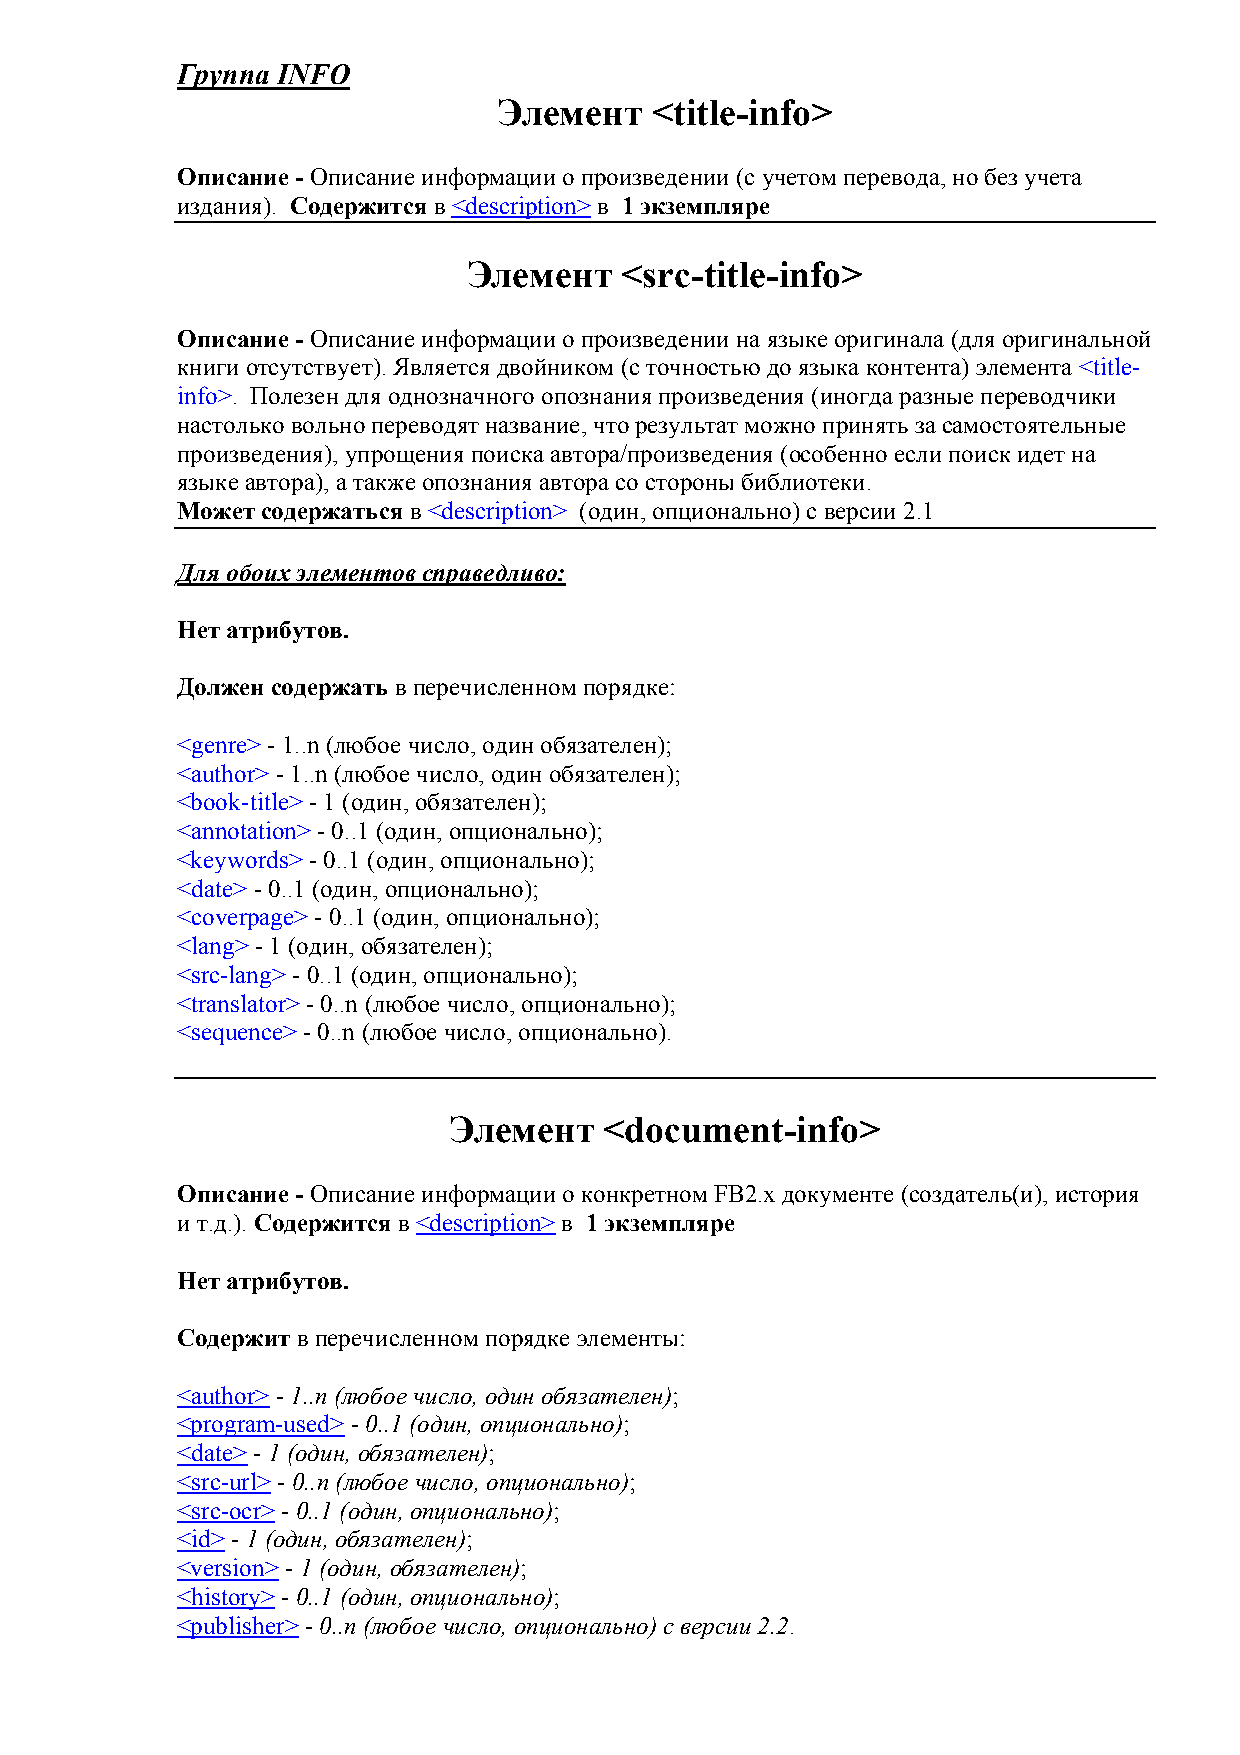
Группа INFO
 Элемент   <title-info>
 Описание - Описание информации о произведении (с учетом перевода, но без учета
 издания). Содержится в <description> в 1 экземпляре
 Элемент   <src-title-info>
 Описание - Описание информации о произведении на языке оригинала (для оригинальной
 книги отсутствует). Является двойником (с точностью до языка контента) элемента <title-
 info>. Полезен для однозначного опознания произведения (иногда разные переводчики
 настолько вольно переводят название, что результат можно принять за самостоятельные
 произведения), упрощения поиска автора/произведения (особенно если поиск идет на
 языке автора), а также опознания автора со стороны библиотеки.
 Может содержаться в <description> (один, опционально) с версии 2.1
 Для обоих элементов справедливо:
 Нет атрибутов.
 Должен содержать в перечисленном порядке:
 <genre> - 1..n (любое число, один обязaтелен);
 <author> - 1..n (любое число, один обязaтелен);
 <book-title> - 1 (один, обязателен);
 <annotation> - 0..1 (один, опционально);
 <keywords> - 0..1 (один, опционально);
 <date> - 0..1 (один, опционально);
 <coverpage> - 0..1 (один, опционально);
 <lang> - 1 (один, обязателен);
 <src-lang> - 0..1 (один, опционально);
 <translator> - 0..n (любое число, опционально);
 <sequence> - 0..n (любое число, опционально).
 Элемент   <document-info>
 Описание - Описание информации о конкретном FB2.x документе (создатель(и), история
 и т.д.). Содержится в <description> в 1 экземпляре
 Нет атрибутов.
 Содержит в перечисленном порядке элементы:
 <author> - 1..n (любое число, один обязaтелен);
 <program-used> - 0..1 (один, опционально);
 <date> - 1 (один, обязателен);
 <src-url> - 0..n (любое число, опционально);
 <src-ocr> - 0..1 (один, опционально);
 <id> - 1 (один, обязателен);
 <version> - 1 (один, обязателен);
 <history> - 0..1 (один, опционально);
 <publisher> - 0..n (любое число, опционально) с версии 2.2.